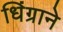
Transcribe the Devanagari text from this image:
धिंग्राने